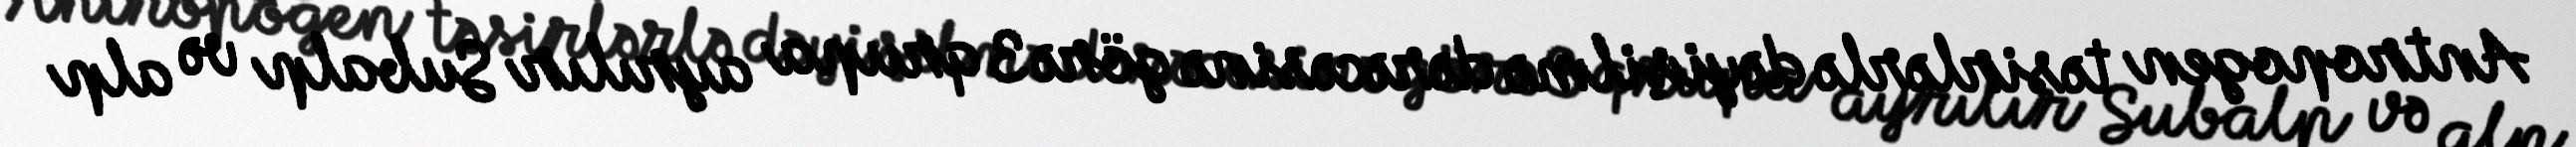
Antropogen təsirlərlə dəyişilmə dərəcəsinə görə 3 qrupa ayrılır Subalp və alp